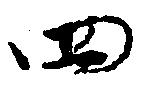
四